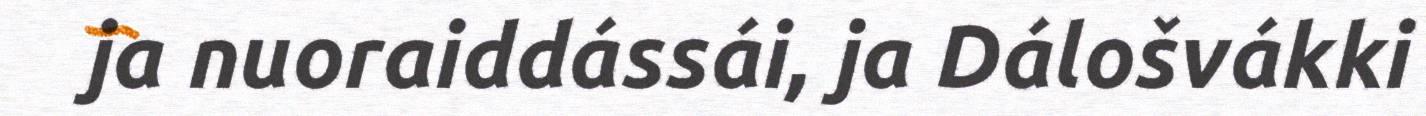
ja nuoraiddássái, ja Dálošvákki